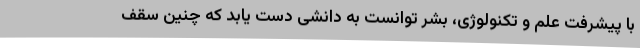
با پیشرفت علم و تکنولوژی، بشر توانست به دانشی دست یابد که چنین سقف